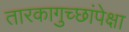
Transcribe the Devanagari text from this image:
तारकागुच्छांपेक्षा